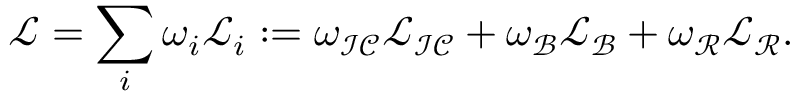
\mathcal { L } = \sum _ { i } \omega _ { i } \mathcal { L } _ { i } : = \omega _ { \mathcal { I C } } \mathcal { L } _ { \mathcal { I C } } + \omega _ { \mathcal { B } } \mathcal { L } _ { \mathcal { B } } + \omega _ { \mathcal { R } } \mathcal { L } _ { \mathcal { R } } .